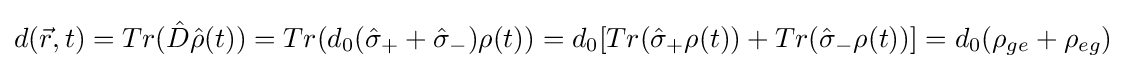
d({\vec {r}},t)=Tr({\hat {D}}{\hat {\rho }}(t))=Tr(d_{0}({\hat {\sigma }}_{+}+{\hat {\sigma }}_{-})\rho (t))=d_{0}[Tr({\hat {\sigma }}_{+}\rho (t))+Tr({\hat {\sigma }}_{-}\rho (t))]=d_{0}(\rho _{ge}+\rho _{eg})